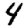
Digit: 4